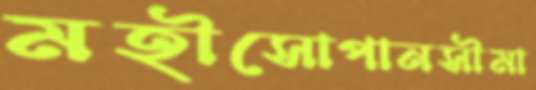
মহীসোপানসীমা